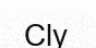
Cly